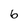
Character: 6